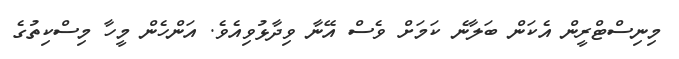
މިނިސްޓްރީން އެކަން ބަލާނެ ކަމަށް ވެސް އޭނާ ވިދާޅުވިއެވެ. އަންހެން މީހާ މިސްކިތުގެ